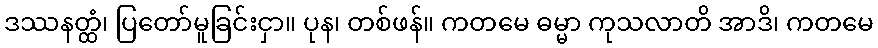
ဒဿနတ္ထံ၊ ပြတော်မူခြင်းငှာ။ ပုန၊ တစ်ဖန်။ ကတမေ ဓမ္မာ ကုသလာတိ အာဒိ၊ ကတမေ